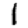
Digit: 1